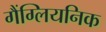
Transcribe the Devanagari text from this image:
गैंग्लियनिक